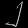
Digit: ၂